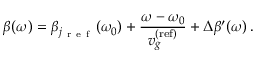
\beta ( \omega ) = \beta _ { j _ { \mathrm { ~ r ~ e ~ f ~ } } } ( \omega _ { 0 } ) + \frac { \omega - \omega _ { 0 } } { v _ { g } ^ { \mathrm { ( r e f ) } } } + \Delta \beta ^ { \prime } ( \omega ) \, .